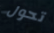
تحول